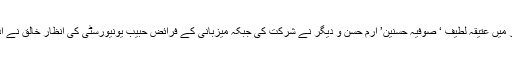
سیمینار میں عتیقہ لطیف ‘ صوفیہ حسنین’ ارم حسن و دیگر نے شرکت کی جبکہ میزبانی کے فرائض حبیب یونیورسٹی کی انظار خالق نے ادا کئے۔